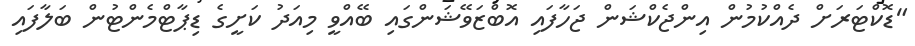
"ޑޮކްޓަރަށް ދެއްކުމުން އިންޖެކްޝަން ޖަހާފައި އޮބްޒަވޭޝަންގައި ބޭއްވީ މިއަދު ކަށީގެ ޑިޕާޓްމެންޓުން ބަލާފައި